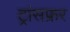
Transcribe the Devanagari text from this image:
ट्रांसफ्रर